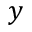
y